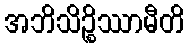
အဘိသိဉ္စိဿာမီတိ